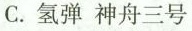
C. 氢弹 神舟三号